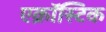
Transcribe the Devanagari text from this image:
एक्रॉस्टिक